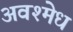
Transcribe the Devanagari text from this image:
अवश्मेध